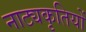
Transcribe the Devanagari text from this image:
नाट्यकृतियों